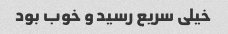
خیلی سریع رسید و خوب بود